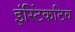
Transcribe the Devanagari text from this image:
इंस्टिंकटिव